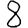
Digit: 8